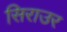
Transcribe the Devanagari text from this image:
सिराउर